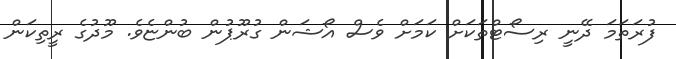
ފުރަތަމަ ދޭނީ ރިސޯޓްތަކަށް ކަމަށް ވެސް އޯޝަން ގުރޫޕުން ބުންޏެވެ. މޫދުގެ ރީތިކަން